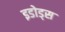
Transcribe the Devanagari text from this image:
इडोड्स